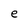
Character: e